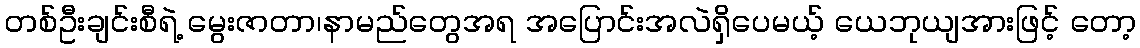
တစ်ဦးချင်းစီရဲ့ မွေးဇာတာ၊နာမည်တွေအရ အပြောင်းအလဲရှိပေမယ့် ယေဘုယျအားဖြင့် တော့